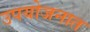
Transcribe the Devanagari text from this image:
उपयोजनात